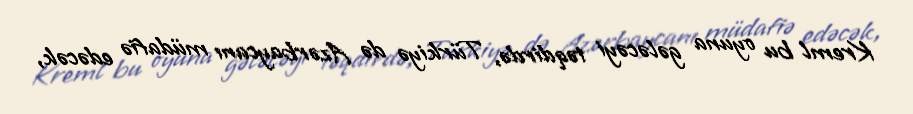
Kreml bu oyuna gələcəyi təqdirdə, Türkiyə də Azərbaycanı müdafiə edəcək,